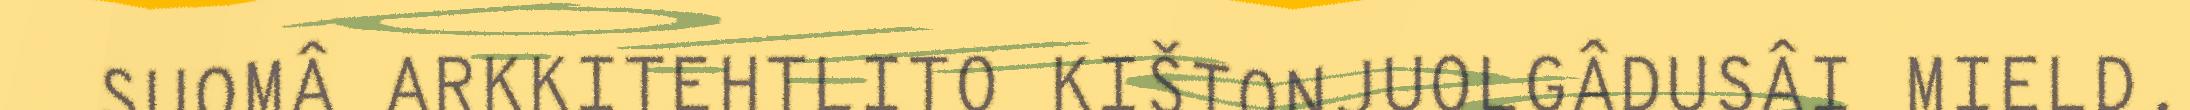
SUOMÂ ARKKITEHTLITO KIŠTONJUOLGÂDUSÂI MIELD.